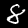
Digit: 8